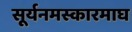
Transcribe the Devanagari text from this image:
सूर्यनमस्कारमाघ